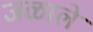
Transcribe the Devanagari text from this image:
जळाले